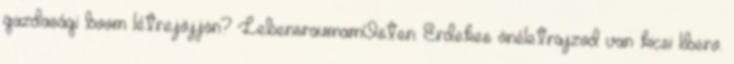
gazdasági boom létrejöjjön? LebensraumamOsten: Érdekes önéletrajzod van kicsi libero.